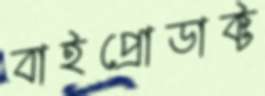
বাইপ্রোডাক্ট